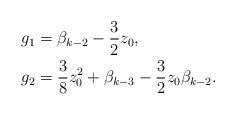
\begin{align*}g_1 &= \beta_{k-2} -\frac{3}{2} z_0, \\g_2 &= \frac{3}{8}z_0^2 + \beta_{k-3} -\frac{3}{2} z_0 \beta_{k-2}.\end{align*}